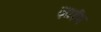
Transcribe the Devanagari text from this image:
ज़ाईप